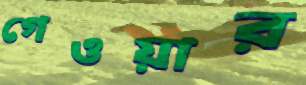
গেওয়ার